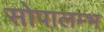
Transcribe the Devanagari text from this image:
सोपालम्भ